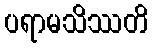
ပရာမသိဿတိ